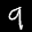
Label: 9